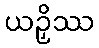
ယဉှိဿ